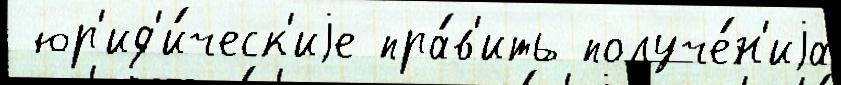
 юр'ид'и́ческ'иjе пра́в'ить получе́н'иjа